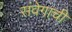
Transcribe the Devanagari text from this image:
संवेगाची